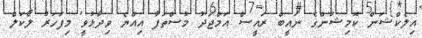
އިލެކްޝަން ކޮމިޝަންގެ ނައީބް ރައީސް އަމްޖަދު މުސްތަފާ އިއްޔެ ވިދާޅުވީ މިފަހަރު ލޯކަލް